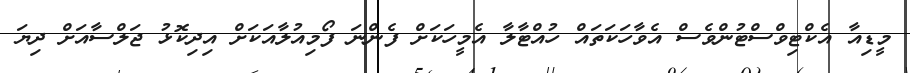
މީޑިއާ އެކްޓިވްސްޓުންވެސް އެވާހަކަތައް ހުއްޓާލާ އެމީހަކަށް ފެންނަ ފޯމިއުލާއަކަށް އިދިކޮޅު ޖަލްސާއަށް ދިޔަ